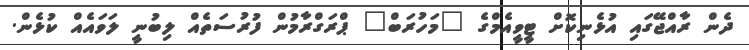
ދެން ރާއްޖޭގައި އުޅެނިކޮށް ޓީވީއެމްގެ "މަހުރަބް" ޕްރަގްރާމުން ފުރުސަތެއް ލިބުނީ ލަވައެއް ކުޅެން.